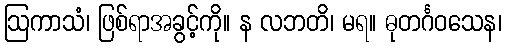
ဩကာသံ၊ ဖြစ်ရာအခွင့်ကို။ န လဘတိ၊ မရ။ ဓုတင်္ဂဝသေန၊